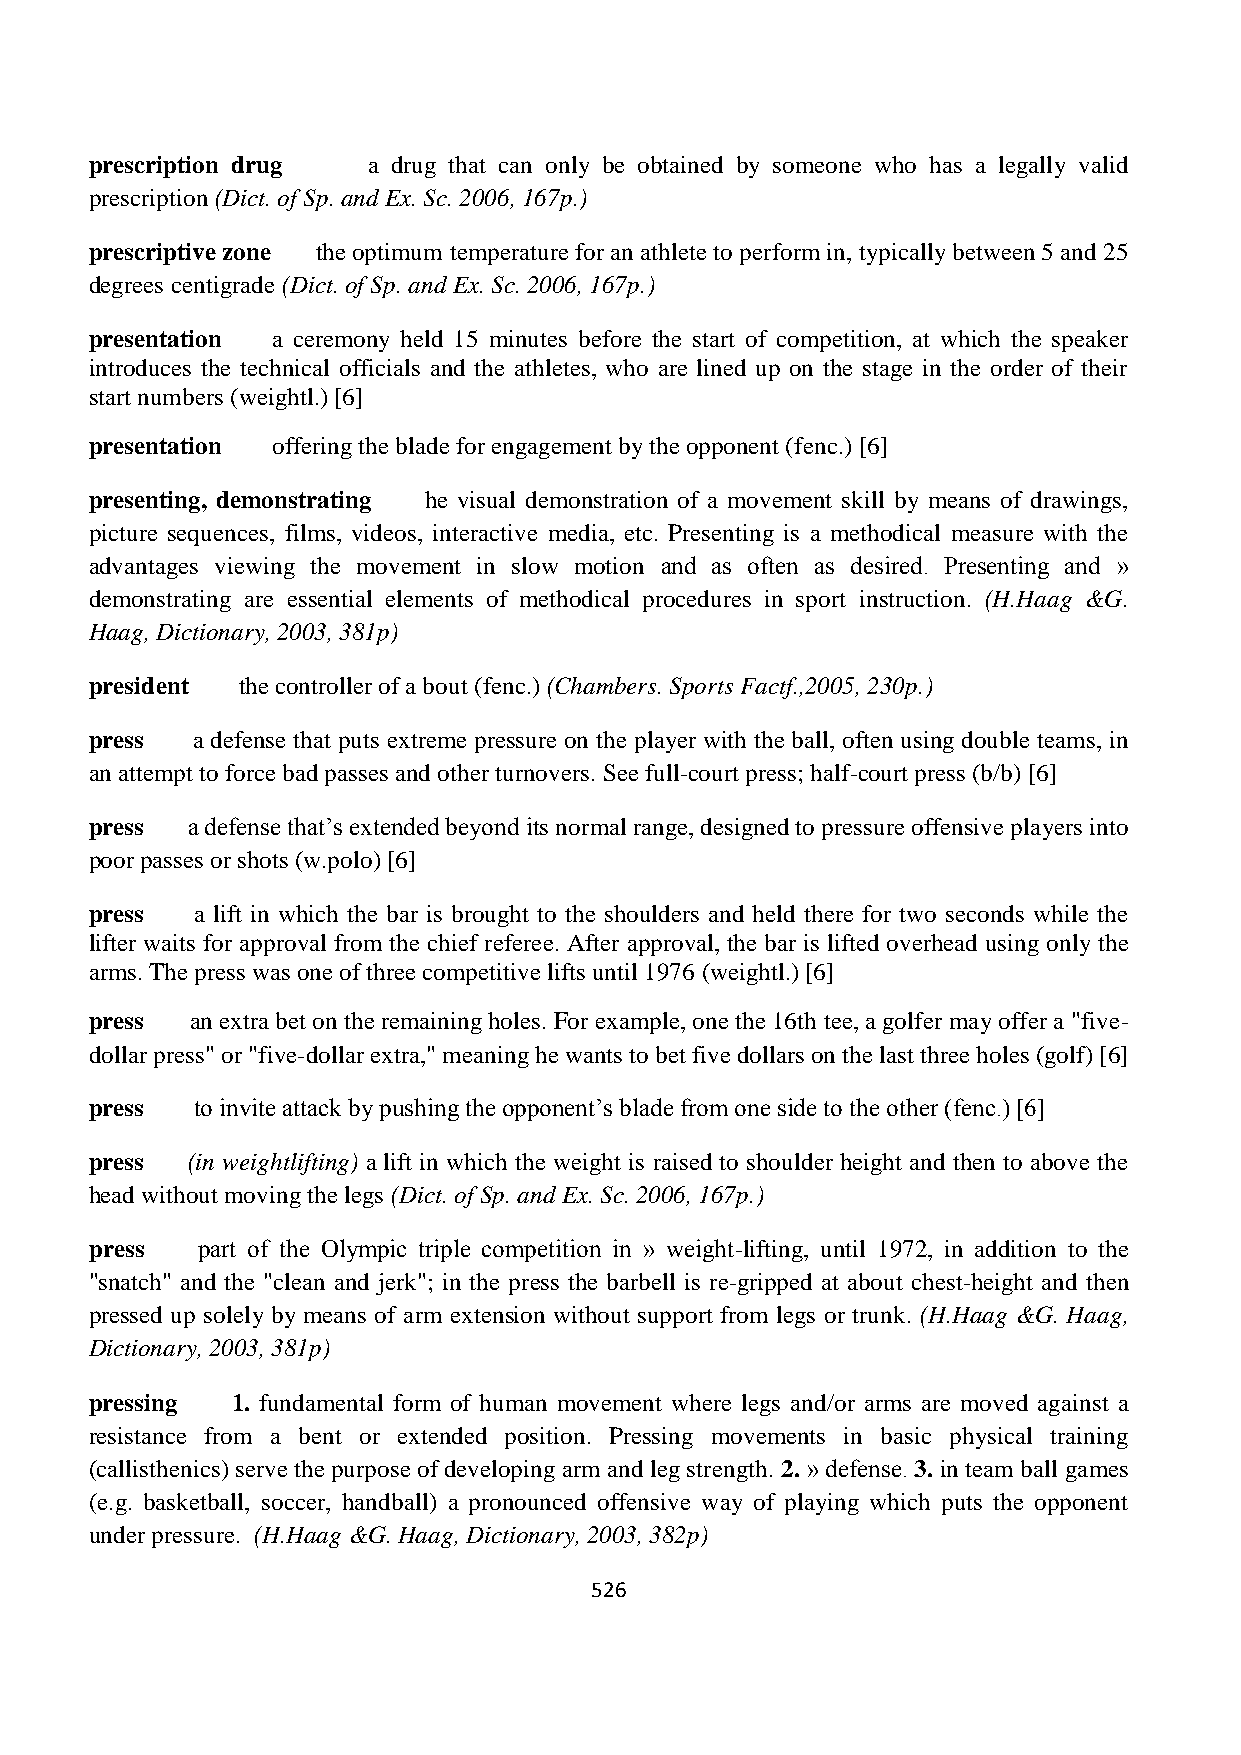
prescription drug a drug that can only be obtained by someone who has a legally valid
 prescription (Dict. of Sp. and Ex. Sc. 2006, 167p.)
 prescriptive zone the optimum temperature for an athlete to perform in, typically between 5 and 25
 degrees centigrade (Dict. of Sp. and Ex. Sc. 2006, 167p.)
 presentation a ceremony held 15 minutes before the start of competition, at which the speaker
 introduces the technical officials and the athletes, who are lined up on the stage in the order of their
 start numbers (weightl.) [6]
 presentation offering the blade for engagement by the opponent (fenc.) [6]
 presenting, demonstrating he visual demonstration of a movement skill by means of drawings,
 picture sequences, films, videos, interactive media, etc. Presenting is a methodical measure with the
 advantages viewing the movement in slow motion and as often as desired. Presenting and »
 demonstrating are essential elements of methodical procedures in sport instruction. (H.Haag &G.
 Haag, Dictionary, 2003, 381p)
 president the controller of a bout (fenc.) (Chambers. Sports Factf.,2005, 230p.)
 press  a defense that puts extreme pressure on the player with the ball, often using double teams, in
 an attempt to force bad passes and other turnovers. See full-court press; half-court press (b/b) [6]
 press a defense that’s extended beyond its normal range, designed to pressure offensive players into
 poor passes or shots (w.polo) [6]
 press  a lift in which the bar is brought to the shoulders and held there for two seconds while the
 lifter waits for approval from the chief referee. After approval, the bar is lifted overhead using only the
 arms. The press was one of three competitive lifts until 1976 (weightl.) [6]
 press  an extra bet on the remaining holes. For example, one the 16th tee, a golfer may offer a "five-
 dollar press" or "five-dollar extra," meaning he wants to bet five dollars on the last three holes (golf) [6]
 press  to invite attack by pushing the opponent’s blade from one side to the other (fenc.) [6]
 press (in weightlifting) a lift in which the weight is raised to shoulder height and then to above the
 head without moving the legs (Dict. of Sp. and Ex. Sc. 2006, 167p.)
 press  part of the Olympic triple competition in » weight-lifting, until 1972, in addition to the
 "snatch" and the "clean and jerk"; in the press the barbell is re-gripped at about chest-height and then
 pressed up solely by means of arm extension without support from legs or trunk. (H.Haag &G. Haag,
 Dictionary, 2003, 381p)
 pressing 1. fundamental form of human movement where legs and/or arms are moved against a
 resistance from a bent or extended position. Pressing movements in basic physical training
 (callisthenics) serve the purpose of developing arm and leg strength. 2. » defense. 3. in team ball games
 (e.g. basketball, soccer, handball) a pronounced offensive way of playing which puts the opponent
 under pressure. (H.Haag &G. Haag, Dictionary, 2003, 382p)
 526